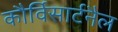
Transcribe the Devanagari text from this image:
कौर्विसार्टनैल